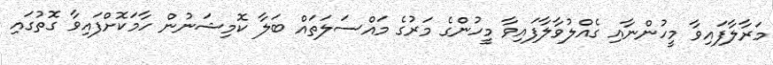
މަރާލާފައިވާ މީހުންނާއި ގެއްލުވާލާފައިވާ މީހުންގެ މަރުގެ މައްސަލަތައް ބަލާ ކޮމިޝަނުން ހާމަކޮށްފައިވާ ގޮތުގައި